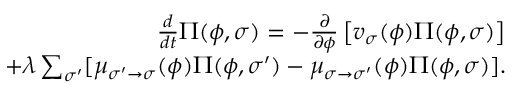
\begin{array} { r } { \frac { d } { d t } \Pi ( \phi , \sigma ) = - \frac { \partial } { \partial \phi } \left[ v _ { \sigma } ( \phi ) \Pi ( \phi , \sigma ) \right] } \\ { + \lambda \sum _ { \sigma ^ { \prime } } [ \mu _ { \sigma ^ { \prime } \to \sigma } ( \phi ) \Pi ( \phi , \sigma ^ { \prime } ) - \mu _ { \sigma \to \sigma ^ { \prime } } ( \phi ) \Pi ( \phi , \sigma ) ] . } \end{array}